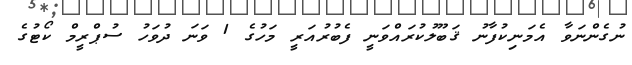
ނުގެންނަވާ އެމަނިކުފާނު ޤަބޫލުކުރައްވަނީ ފެބުރުއަރީ މަހުގެ 1 ވަނަ ދުވަހު ސުޕްރީމް ކޯޓުގެ